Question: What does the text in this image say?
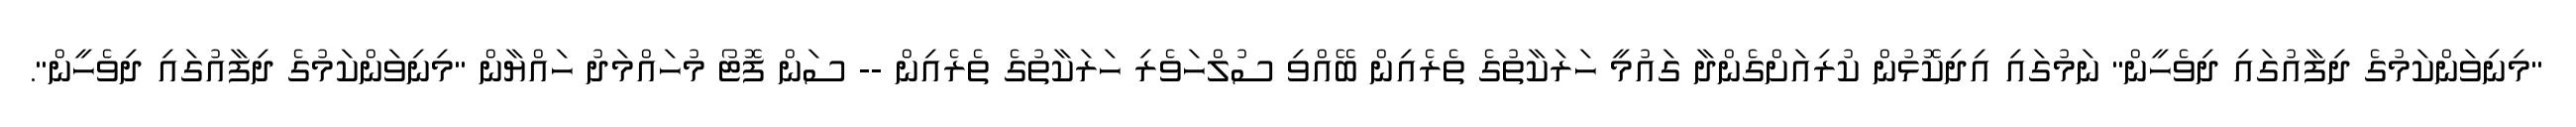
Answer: "މިނިވަންކަމުގެ ދިފާއުގައި ދިވެހީން" ނަމުގައި އިދިކޮޅުން ކުރިއަށްގެންދާ ގައުމީ ހަރަކާތުގެ ތެރެއިން ބޭއްވި ސުލްހަވެރި ހަރަކާތުގެ ތެރެއިން -- ސަން ފޮޓޯ މުހައްމަދު ހައްޔާން "މިނިވަންކަމުގެ ދިފާއުގައި ދިވެހީން".